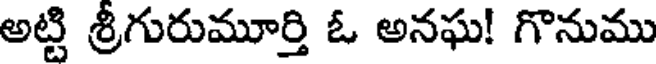
అట్టి శ్రీగురుమూర్తి ఓ అనఘ! గొనుము